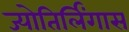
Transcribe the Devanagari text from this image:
ज्योतिर्लिंगास